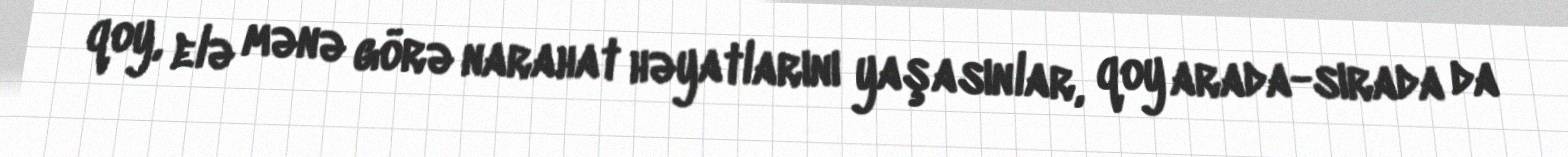
qoy, elə mənə görə narahat həyatlarını yaşasınlar, qoy arada-sırada da